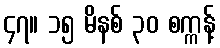
၄၇။ ၁၅ မိနစ် ၃၀ စက္ကန့်